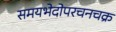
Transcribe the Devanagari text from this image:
समयभेदोपरचनचक्र